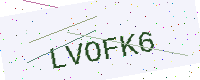
Text: LVOFK6